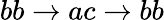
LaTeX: bb\rightarrow ac\rightarrow bb